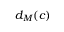
d _ { M } ( \boldsymbol { c } )